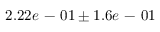
2 . 2 2 e \mathrm { ~ - ~ } 0 1 \pm 1 . 6 e \mathrm { ~ - ~ } 0 1